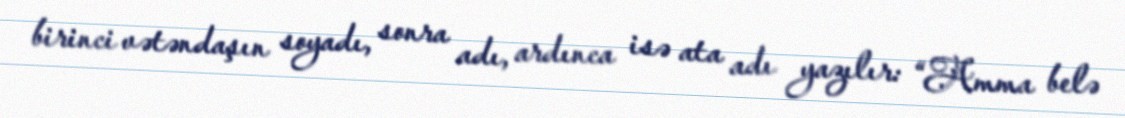
birinci vətəndaşın soyadı, sonra adı, ardınca isə ata adı yazılır: “Amma belə